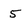
Character: 5